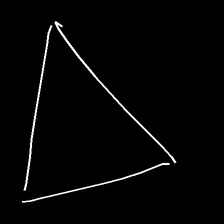
Glyph: convergence